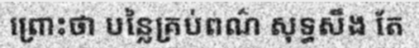
ព្រោះថា បន្លៃគ្រប់ពណ៌ សុទ្ធសឹង តែ